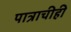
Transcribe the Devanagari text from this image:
पात्राचीही